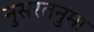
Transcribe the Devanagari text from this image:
नुसरतनुमा